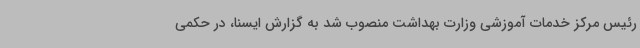
رئیس مرکز خدمات آموزشی وزارت بهداشت منصوب شد به گزارش ایسنا، در حکمی